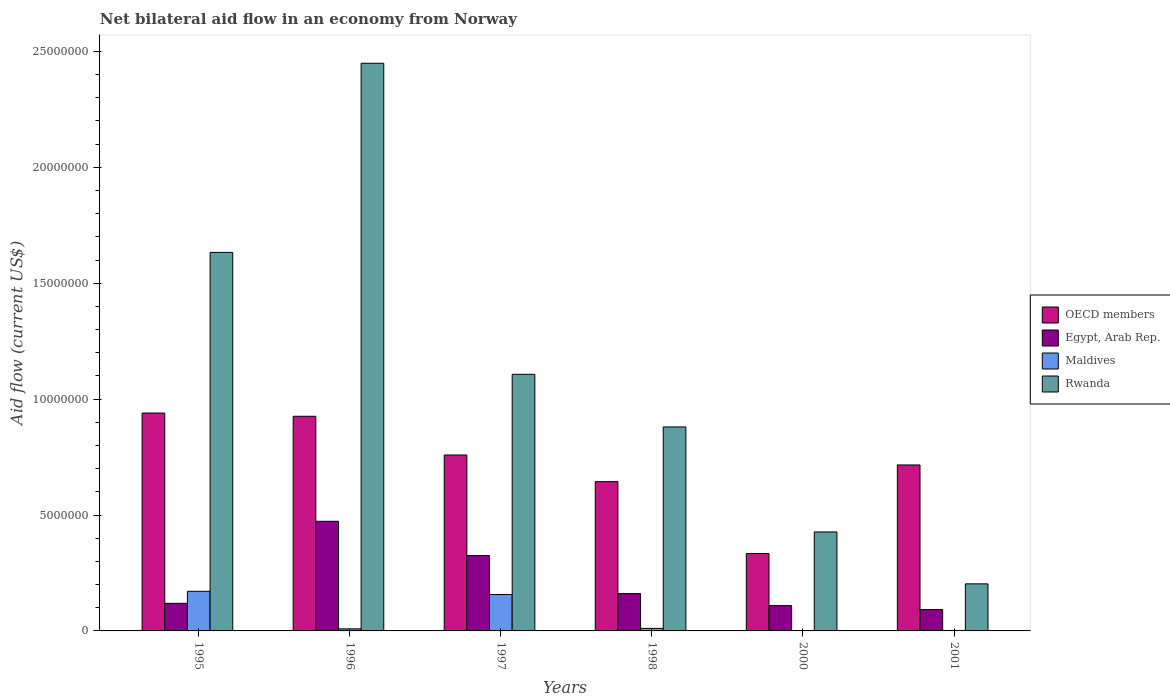
| Years | OECD members | Egypt, Arab Rep. | Maldives | Rwanda |
 | --- | --- | --- | --- | --- |
 | 1995 | 9.4e+06 | 1.19e+06 | 1.71e+06 | 1.63e+07 |
 | 1996 | 9.26e+06 | 4.73e+06 | 9e+04 | 2.45e+07 |
 | 1997 | 7.59e+06 | 3.25e+06 | 1.57e+06 | 1.11e+07 |
 | 1998 | 6.44e+06 | 1.61e+06 | 1.1e+05 | 8.8e+06 |
 | 2000 | 3.34e+06 | 1.09e+06 | 1e+04 | 4.27e+06 |
 | 2001 | 7.16e+06 | 9.2e+05 | 2e+04 | 2.03e+06 |